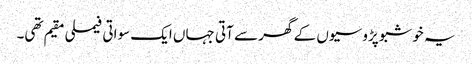
یہ خوشبو پڑوسیوں کے گھر سے آتی جہاں ایک سواتی فیملی مقیم تھی۔